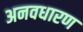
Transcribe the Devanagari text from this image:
अनवधारण